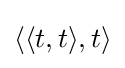
\langle \langle t,t\rangle ,t\rangle